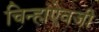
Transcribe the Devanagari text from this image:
चिन्हांऐवजी